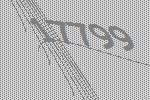
17799